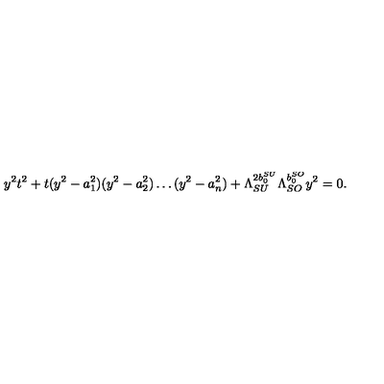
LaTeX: y ^ { 2 } t ^ { 2 } + t ( y ^ { 2 } - a _ { 1 } ^ { 2 } ) ( y ^ { 2 } - a _ { 2 } ^ { 2 } ) \ldots ( y ^ { 2 } - a _ { n } ^ { 2 } ) + \Lambda _ { S U } ^ { 2 b _ { 0 } ^ { S U } } \Lambda _ { S O } ^ { b _ { 0 } ^ { S O } } y ^ { 2 } = 0 .